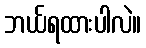
ဘယ်ရထားပါလဲ။